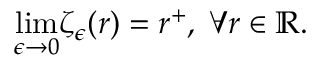
\underset { \epsilon \rightarrow 0 } { \operatorname* { l i m } } \zeta _ { \epsilon } ( r ) = r ^ { + } , \; \forall r \in \mathbb { R } .